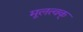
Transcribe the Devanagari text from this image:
मूलत्वक्